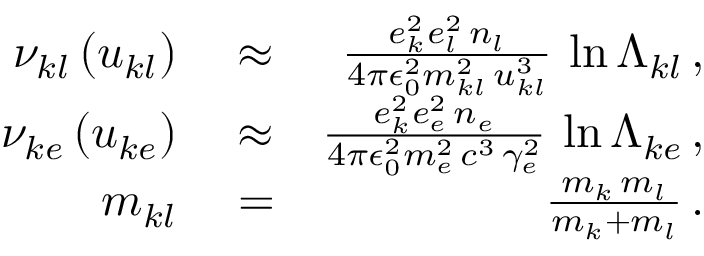
\begin{array} { r l r } { \nu _ { k l } \left( u _ { k l } \right) } & { { } \approx } & { \frac { e _ { k } ^ { 2 } e _ { l } ^ { 2 } \, n _ { l } } { 4 \pi \epsilon _ { 0 } ^ { 2 } m _ { k l } ^ { 2 } \, u _ { k l } ^ { 3 } } \, \ln \Lambda _ { k l } \, , } \\ { \nu _ { k e } \left( u _ { k e } \right) } & { { } \approx } & { \frac { e _ { k } ^ { 2 } e _ { e } ^ { 2 } \, n _ { e } } { 4 \pi \epsilon _ { 0 } ^ { 2 } m _ { e } ^ { 2 } \, c ^ { 3 } \, \gamma _ { e } ^ { 2 } } \, \ln \Lambda _ { k e } \, , } \\ { m _ { k l } } & { { } = } & { \frac { m _ { k } \, m _ { l } } { m _ { k } + m _ { l } } \, . } \end{array}